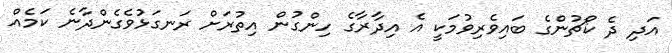
އަދި ދެ ކޯޗުންގެ ބައިވެރިވުމަކީ އެ އިދާރާގެ ހިންގުން އިތުރަށް ރަނގަޅުވެގެންދާނެ ކަމެއް